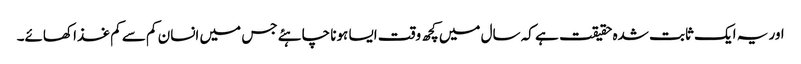
اور یہ ایک ثابت شدہ حقیقت ہے کہ سال میں کچھ وقت ایسا ہونا چاہئے جس میں انسان کم سے کم غذا کھائے۔